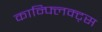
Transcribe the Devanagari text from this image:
कान्फ्लिक्ट्स